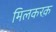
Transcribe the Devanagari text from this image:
मिलकरक़